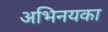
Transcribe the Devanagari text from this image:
अभिनयका